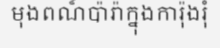
មុងពណ៏ប៉ារ៉ាក្នុងការ៉ុងរុំ